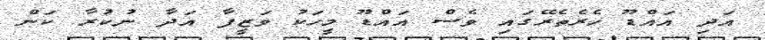
އަދި އައްޑޫ ހެރެތެރޭގައި ވެސް އައްޑޫ މީހަކު ވަޒީފާ އަދާ ނުކުރާ ކަން